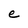
Character: e